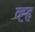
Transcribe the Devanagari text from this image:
व्ह्ह